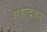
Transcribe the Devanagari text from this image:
शहादतर